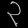
Digit: ၃